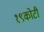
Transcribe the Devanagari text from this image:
१९कोटी